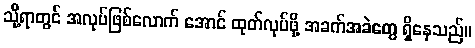
သို့ရာတွင် အလုပ်ဖြစ်လောက် အောင် ထုတ်လုပ်ဖို့ အခက်အခဲတွေ ရှိနေသည်။